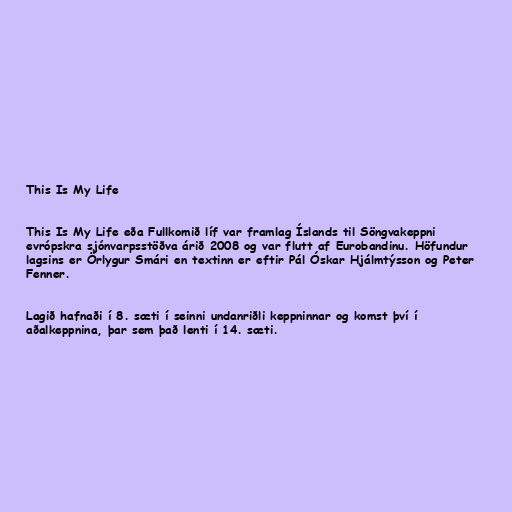
This Is My Life

This Is My Life eða Fullkomið líf var framlag Íslands til Söngvakeppni
evrópskra sjónvarpsstöðva árið 2008 og var flutt af Eurobandinu. Höfundur
lagsins er Örlygur Smári en textinn er eftir Pál Óskar Hjálmtýsson og Peter
Fenner.

Lagið hafnaði í 8. sæti í seinni undanriðli keppninnar og komst því í
aðalkeppnina, þar sem það lenti í 14. sæti.